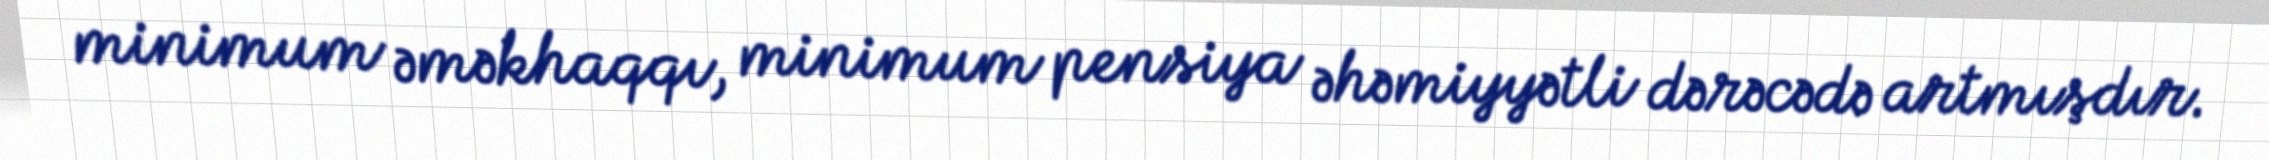
minimum əməkhaqqı, minimum pensiya əhəmiyyətli dərəcədə artmışdır.